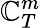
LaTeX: \mathbb{C}_{T}^{m}